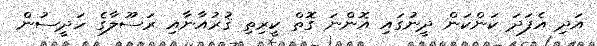
އަދި އެފަދަ ކަންކަން ދީނުގައި އޮންނަ ގޮތް ކީރިތި ޤުރުއާނާއި ރަސޫލާގެ ހަދީސުން